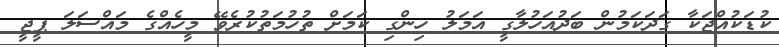
ކުޑަކުއްޖަކާ ގަދަކަމުން ބަދުއަހުލާގީ އަމަލު ހިންގި ކަމަށް ތުހުމަތުކުރެވޭ މީހެއްގެ މައްސަލަ ޕީޖީ